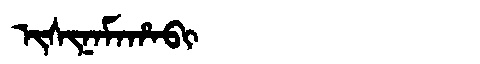
Manchu: ᡳᠰᡳᠨᠠᠮᠠᡥᠠᠪᡳ
Romanization: ISINAMAHABI